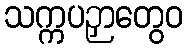
သက္ကပဉှာတွေဝ